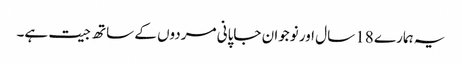
یہ ہمارے 18 سال اور نوجوان جاپانی مردوں کے ساتھ جیت ہے۔